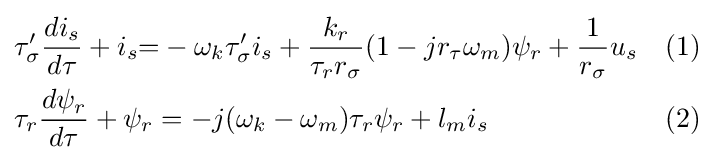
{\begin{aligned}&\tau _{\sigma }'{\frac {di_{s}}{d\tau }}+i_{s}{=}-\omega _{k}\tau _{\sigma }'i_{s}+{\frac {k_{r}}{\tau _{r}r_{\sigma }}}(1-jr_{\tau }\omega _{m})\psi _{r}+{\frac {1}{r_{\sigma }}}u_{s}&&(1)\\&\tau _{r}{\frac {d\psi _{r}}{d\tau }}+\psi _{r}=-j(\omega _{k}-\omega _{m})\tau _{r}\psi _{r}+l_{m}i_{s}&&(2)\end{aligned}}